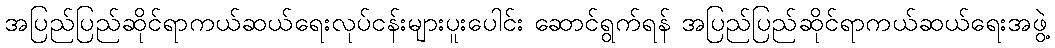
အပြည်ပြည်ဆိုင်ရာကယ်ဆယ်ရေးလုပ်ငန်းများပူးပေါင်း ဆောင်ရွက်ရန် အပြည်ပြည်ဆိုင်ရာကယ်ဆယ်ရေးအဖွဲ့